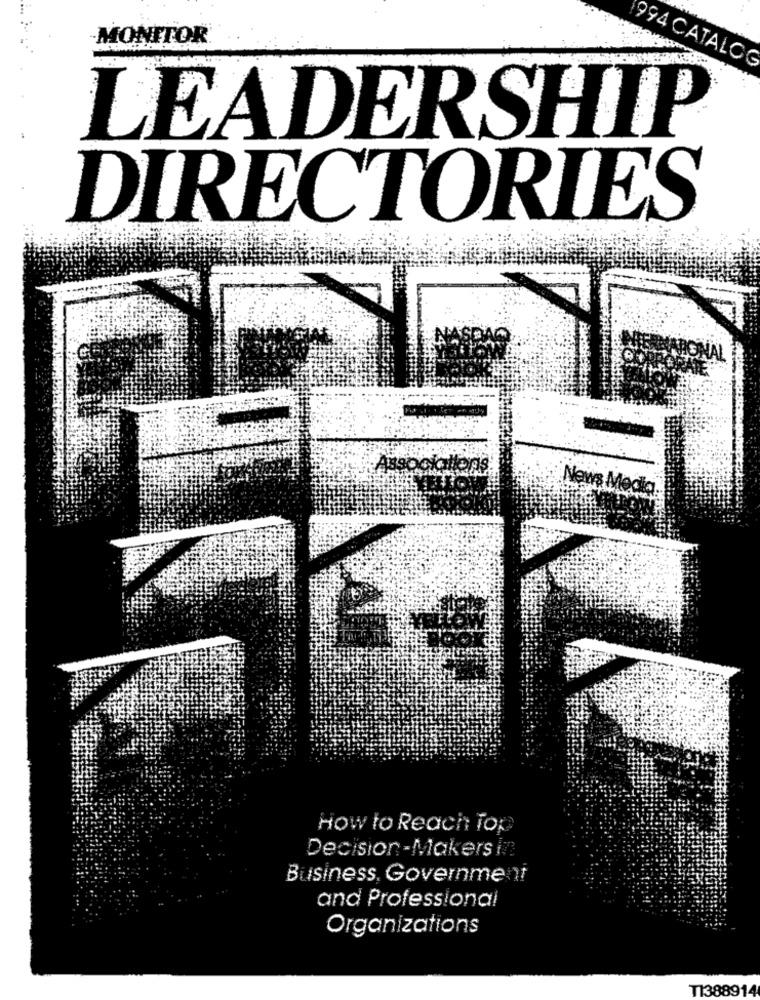
MONITOR
994 CATALOG
LEADERSHIP
DIRECTORIES
Ne
How to Reach Top
Decision-Makers in
Business, Government
and Professional
Organizations
T1388914